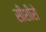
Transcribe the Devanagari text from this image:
सीशीरो